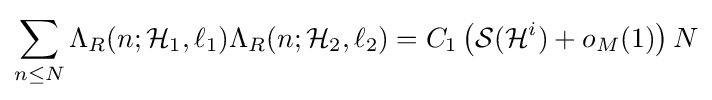
\sum \limits _{n\leq N}\Lambda _{R}(n;{\mathcal {H}}_{1},\ell _{1})\Lambda _{R}(n;{\mathcal {H}}_{2},\ell _{2})=C_{1}\left({\mathcal {S}}({\mathcal {H}}^{i})+o_{M}(1)\right)N